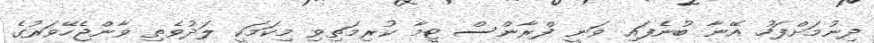
ދިނުމަށްފަހު އޭނާ ބުނެފައި ވަނީ ފްރާންސް ޓީމާ ކުރިމަތިވި މިކަމަކީ ލަދުވެތި ވާންޖެހޭވަރުގެ